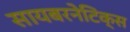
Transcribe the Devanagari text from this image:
सायबरनेटिक्स